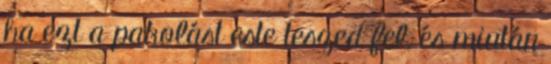
ha ezt a pakolást este teszed fel, és miután